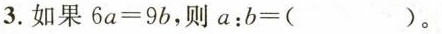
3.如果6a=9b，则a：b=()。